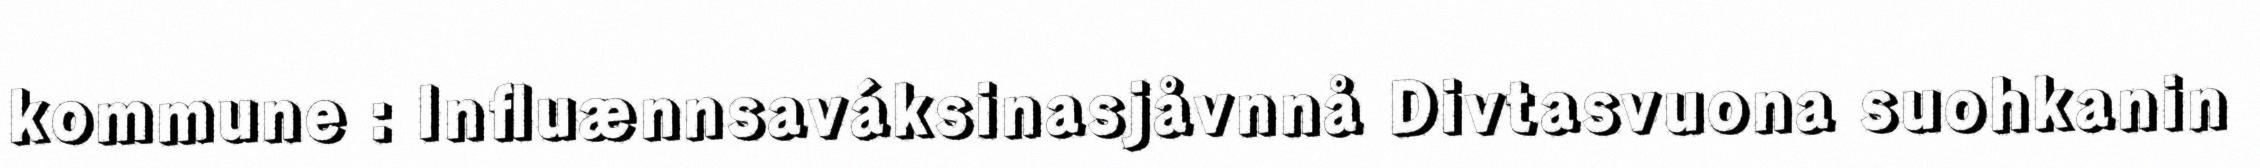
kommune : Influænnsaváksinasjåvnnå Divtasvuona suohkanin